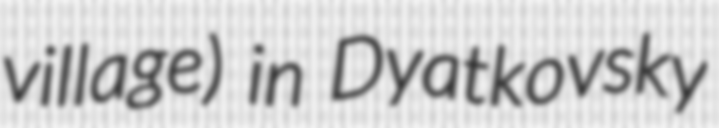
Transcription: village) in Dyatkovsky